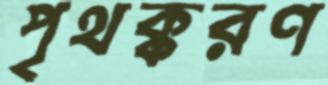
পৃথক্করণ